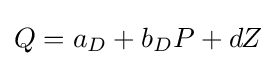
Q=a_{D}+b_{D}P+dZ